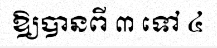
ឱ្យបានពី ៣ ទៅ ៤